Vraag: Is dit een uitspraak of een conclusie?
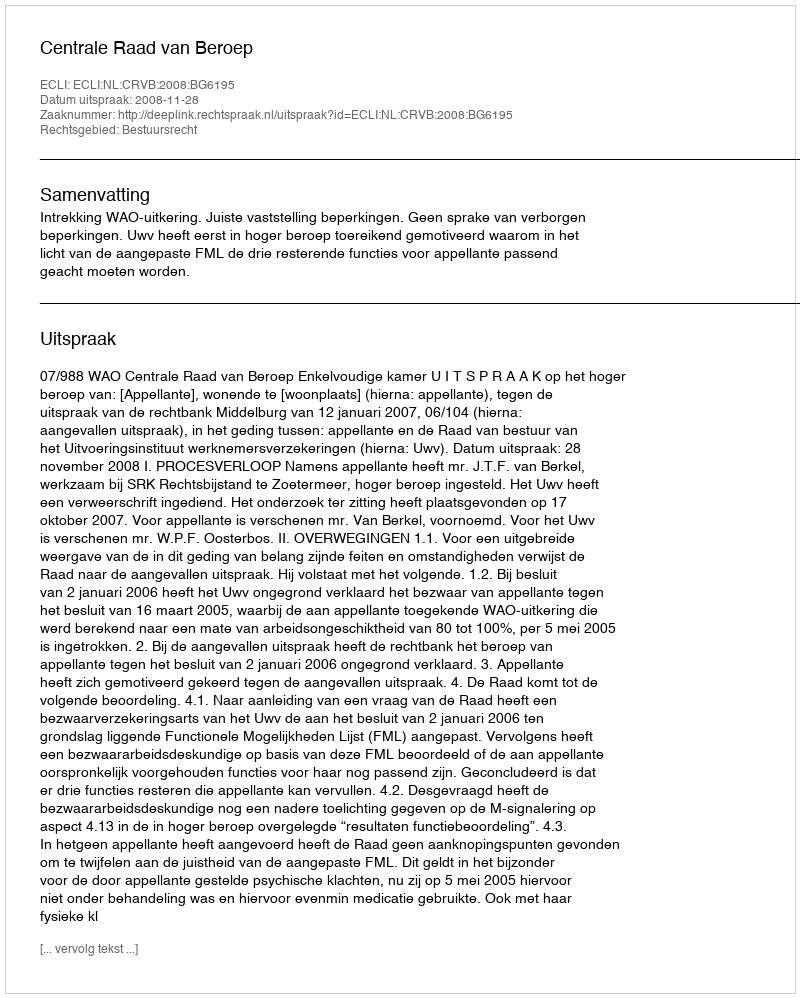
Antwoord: Uitspraak